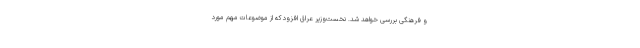
و فرهنگی بررسی خواهد شد. نخست‌وزیر عراق افزود که از موضوعات مهم مورد